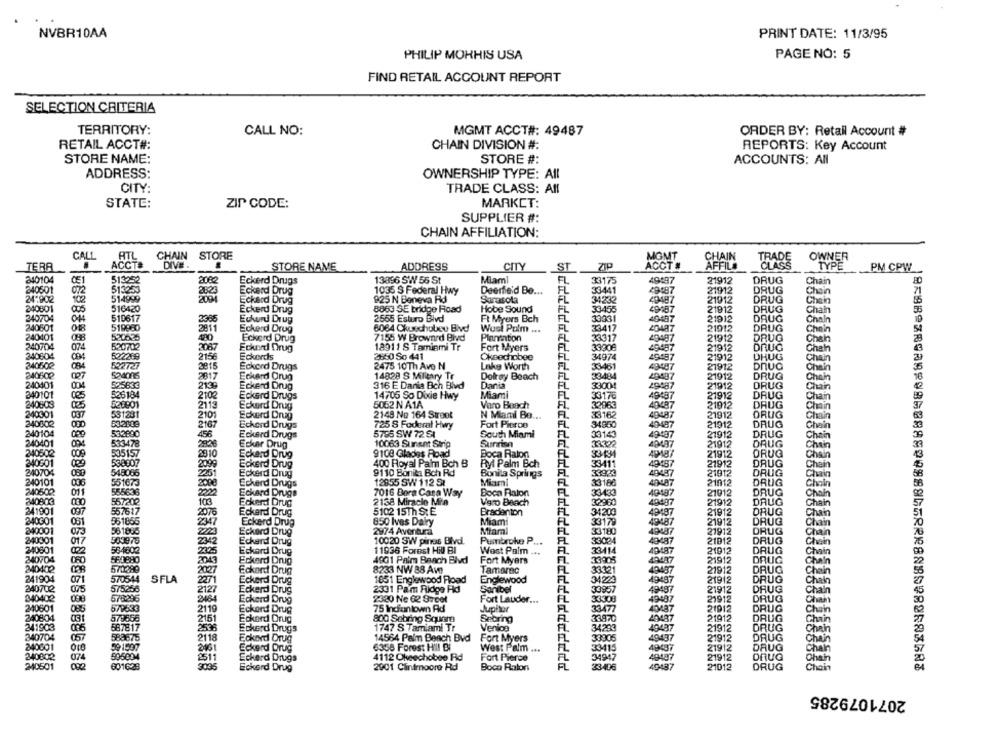
NVBR10AA
PRINT DATE: 11/3/95
PHILIP MORHIS USA
PAGE NO: 5
FIND RETAIL ACCOUNT REPORT
SELECTION CRITERIA
TERRITORY:
CALL NO:
MGMT ACCT#: 49487
ORDER BY: Retail Account #
RETAIL ACCT#:
CHAIN DIVISION #:
REPORTS: Key Account
STORE NAME:
STORE #:
ACCOUNTS: All
ADDRESS:
OWNERSHIP TYPE: All
CITY:
TRADE CLASS: All
STATE:
ZIP CODE:
MARKCT:
SUPPLIER #:
CHAIN AFFILIATION:
CALL
ATL
CHAIN STORE
MGMT
CHAIN
TRADE
OWNER
TERA
ACCTS
DIVE .
STORE NAME
ADDRESS
CITY
ST
ACCT #
AFFIL#
CLASS
TYPE
PM CPW
240104
513252
2082
Eckerd Drugs
13896 SW 56 St
Miami
FL
33175
49497
21912
DRUG
Chain
240501
513253
2523
Eckard Drug
1035 S Federal Hwy
Deerfield De ...
33441
49187
21912
DRUG
514999
Chain
24:902
102
2091
Eckard Drug
925 N Beneva Rd
Sarasota
34232
29487
21912
DRUG
Chein
240801
516420
Eckerd Drug
8863 SE bridge Road
Hobe Sound
FL
33455
49187
21912
DRUG
Chain
240704
519617
2366
Echurd Drug
2565 Esturo Blvd
Ft Myers Bch
FL
33331
49487
21912
DRUG
Chain
240601
519980
2811
33417
Eckerd Drug
6064 Ckuechobey Blvd
Wust Polm ...
20487
21912
DRUG
Chein
240401
520625
480
Eckerd Drug
7155 W Brownrd Blvd
Planinton
FL
33317
20487
21912
DRUG
Cheln
240704
074
520702
2087
Eckard Drug
18911 S Tamiami Tr
Fort Myers
FL
33908
49487
21912
DRUG
Cheln
340804
522269
2156
Eckerds
2650 So 441
Okeechobee
34974
49487
21912
DHUG
Chain
240502
522727
084
2815
Eckerd Drugs
2475 10Th Ave N
Lake Worth
FL
33461
49487
21912
DRUG
Chain
240502
524005
2817
Eckard Drug
14828 S Miltary Tr
Delray Beach
33484
21912
DRUG
Chain
240401
525633
2130
Eckerd Drug
316 E Dania Bch Blvd
Dania
33004
49487
21912
DRUG
Chain
340101
526184
Miami
2102
Eckerd Drugs
14705 So Dixdie Hwy
FL
33176
49487
21912
DRUG
Chain
240803
520001
2113
Eckerd Drug
5052 N A1A
Varo Beach
32963
40487
21912
DRUG
240001
531231
Eckerd Drug
2148 No 164 Street
N Miami Bo ...
33162
49487
21912
DRUG
240002
532009
Fort Pierce
FL
34850
40487
21912
DRUG
Eckerd Drugs
725 S Foderal Hwy
240104
532890
456
Eckard Drugs
5785 SW 72 SI
South Miami
33143
49497
21912
DRUG
240401
533478
280€
Ecker Drug
10063 Sunset Strip
Sunrise
33322
40487
21912
DRUG
240502
009
535157
Eckard Drug
9108 Glades Road
FL
33434
49187
DRUG
Boca Raton
21912
240601
538007
Eckerd Drug
400 Royal Palm Bch B
Ryl Palm Bch
33411
49487
21912
DRUG
240704
548086
2251
Eckerd Drug
9110 Bonita Bch Rd
Bonita Springs
33924
40487
21912
DRUG
240101
551673
Eckerd Drugs
12855 SW 112 SI
Miami
FL
33188
40487
21012
DRUG
240502
011
555636
Eckard Drugs
7016 Bora Casa Way
Boca Raton
33433
40487
21912
DRUG
240803
567202
100
Eckerd Drug
2138 Miracle Mila
Vero Beach
FL
32900
49487
21912
DRUG
241901
097
557617
2076
Eckard Drug
5102 15Th StE
Bradenton
31200
49487
DRUG
240601
551865
21912
051
2347
Eckerd Drug
850 Ives Dairy
Miami
33179
40487
21912
DRUG
240001
561855
Eckard Drug
2974 Aventura
Miami
FL
23180
49487
21912
DRUG
240301
017
503973
342
Eckerd Drug
10020 SW pings Blvd.
Pumbroke P ...
33024
49487
21912
DRUG
240801
564602
Eckard Drug
11936 Forest Hil BI
33414
49487
21912
DRUG
022
West Palm ...
340704
560880
2043
Eckard Drug
4801 Palm Beach Blvd
Fort Myers
33905
49487
21912
DRUG
240402
570289
2027
Eckard Drug
8233 NW 88 Av
Tamarac
33321
43487
21912
DRUG
241904
570544
SFLA
1851 Englewood Road
Englewood
FL
34223
49487
21912
DRUG
2271
Eckerd Drug
Sanibel
FL
33957
49487
240702
575256
2127
Eckerd Drug
2331 Pam Fudge Fid
21912
DRUG
340402
570295
2454
Eckerd Drug
2380 Ne 62 STcet
Fort Lauder ...
FL
33308
49487
21912
DRUG
240801
579633
2119
Eckard Drug
75 Indiantown Ad
Juphor
FL
33477
40487
21912
DRUG
240804
031
579656
2151
Eckerd Drug
800 Sebring Square
Sebring
33970
40487
21912
DRUG
241903
567817
2536
Eckerd Drugs
1747 S Tamiami Tr
Venica
FL
34293
49487
21912
DRUG
340704
057
588675
2118
Eckovd Drug
14564 Palm Beach Bvd
Fort Myers
33905
49437
21912
DRUG
240001
59 1997
49487
2461
Eckerd Drug
6358 Forest Hill Di
West Palm ...
33415
21912
DRUG
240802
995094
Eckerd Drugs
4112 Okeechobee Fid
Fort Pierce
34947
49487
21912
DRUG
240501
000
601638
Eckerd Drug
2901 Clintmoore Rd
Boca Raton
23 406
40487
21012
DRUG
2071079285